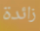
زائدة